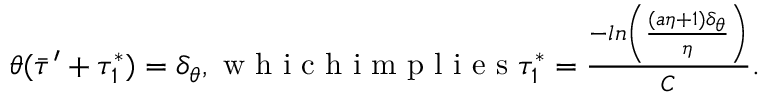
\begin{array} { r } { \theta ( \bar { \tau } ^ { \prime } + \tau _ { 1 } ^ { * } ) = \delta _ { \theta } , \mathrm { ~ w ~ h ~ i ~ c ~ h ~ i ~ m ~ p ~ l ~ i ~ e ~ s ~ } \tau _ { 1 } ^ { * } = \frac { - l n \left( \frac { ( a \eta + 1 ) \delta _ { \theta } } { \eta } \right) } { C } . } \end{array}